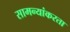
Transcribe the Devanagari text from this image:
सामन्यांकरता